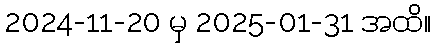
2024-11-20 မှ 2025-01-31 အထိ။